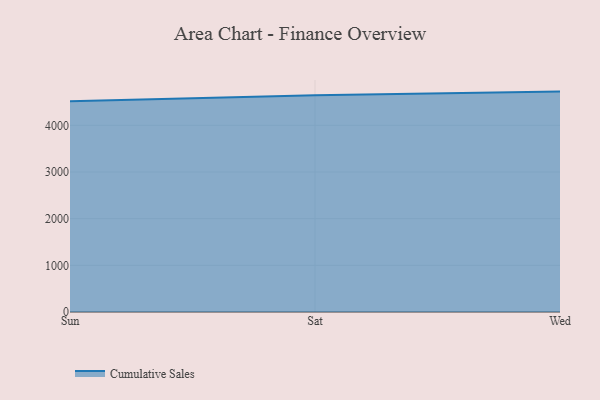
{"axis": {"x": "Day", "y": "Satisfaction Score"}, "legend": ["Cumulative Sales"], "data": [{"x": "Sun", "y": 4516.1, "type": "Cumulative Sales"}, {"x": "Sat", "y": 4644.4, "type": "Cumulative Sales"}, {"x": "Wed", "y": 4722.0, "type": "Cumulative Sales"}]}